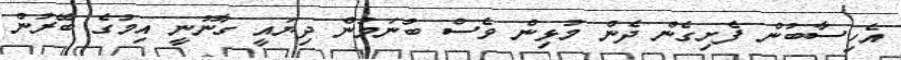
އެހިސާބުން ފެށިގެން ދެން މުޅިން ވެސް ބުނަމުން ދިޔައީ ގާނޫނީ އިމުގެ ބޭރުން